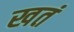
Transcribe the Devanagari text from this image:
खतं